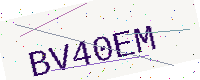
Text: BV40EM